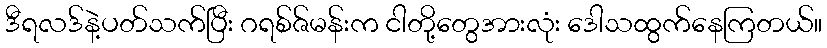
ဒီရလဒ်နဲ့ပတ်သက်ပြီး ဂရစ်ဇ်မန်းက ငါတို့တွေအားလုံး ဒေါသထွက်နေကြတယ်။